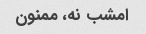
امشب نه، ممنون